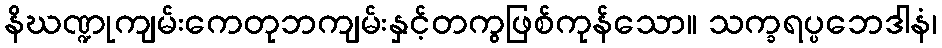
နိဃဏ္ဍုကျမ်းကေတုဘကျမ်းနှင့်တကွဖြစ်ကုန်သော။ သက္ခရပ္ပဘေဒါနံ၊